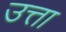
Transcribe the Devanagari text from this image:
उत्ता